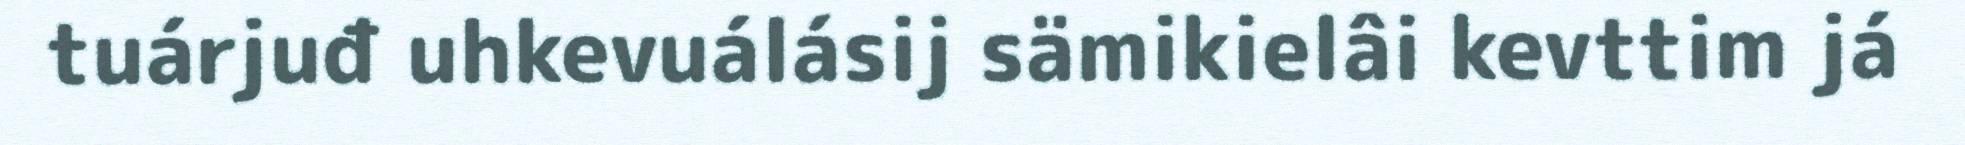
tuárjuđ uhkevuálásij sämikielâi kevttim já